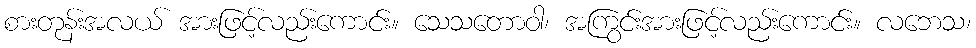
စားတုန်းအလယ် အားဖြင့်လည်းကောင်း။ သေသတောဝါ၊ အကြွင်းအားဖြင့်လည်းကောင်း။ လဘေသ၊